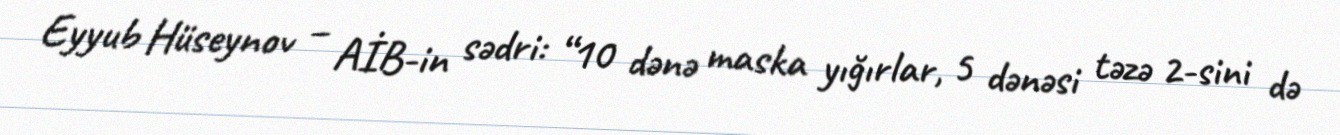
Eyyub Hüseynov – AİB-in sədri: “10 dənə maska yığırlar, 5 dənəsi təzə 2-sini də